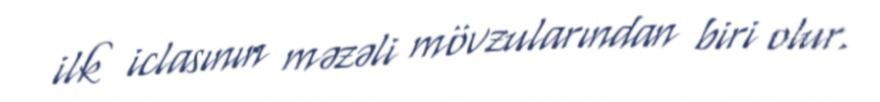
ilk iclasının məzəli mövzularından biri olur.